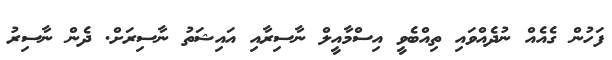
ފަހުން ގެއެއް ނުދެއްވައި ތިއްބެވީ އިސްމާއީލް ނާސިރާއި އައިޝަތު ނާސިރަށް. ދެން ނާސިރު